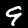
Label: 9